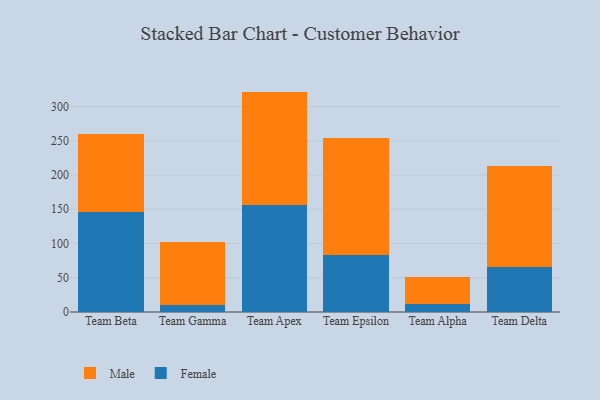
{"axis": {"x": "Team", "y": "Churn Rate (%)"}, "legend": ["Female", "Male"], "data": [{"x": "Team Beta", "y": 146.3, "type": "Female"}, {"x": "Team Beta", "y": 113.7, "type": "Male"}, {"x": "Team Gamma", "y": 9.6, "type": "Female"}, {"x": "Team Gamma", "y": 93.2, "type": "Male"}, {"x": "Team Apex", "y": 156.1, "type": "Female"}, {"x": "Team Apex", "y": 165.6, "type": "Male"}, {"x": "Team Epsilon", "y": 83.7, "type": "Female"}, {"x": "Team Epsilon", "y": 169.9, "type": "Male"}, {"x": "Team Alpha", "y": 12.4, "type": "Female"}, {"x": "Team Alpha", "y": 38.8, "type": "Male"}, {"x": "Team Delta", "y": 65.5, "type": "Female"}, {"x": "Team Delta", "y": 146.9, "type": "Male"}]}